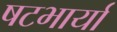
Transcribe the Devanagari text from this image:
षटभार्या